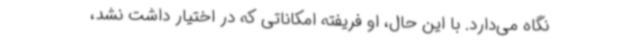
نگاه می‌دارد. با این حال، او فریفته امکاناتی که در اختیار داشت نشد،